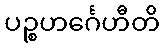
ပဉ္စဟင်္ဂေဟီတိ